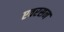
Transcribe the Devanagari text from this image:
एवरसन